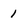
Character: 1